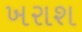
ખરાશ